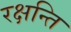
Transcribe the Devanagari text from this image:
रक्षन्ति